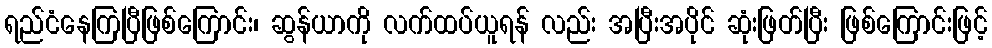
ရည်ငံနေကြပြီဖြစ်ကြောင်း၊ ဆွန်ယာကို လက်ထပ်ယူရန် လည်း အပြီးအပိုင် ဆုံးဖြတ်ပြီး ဖြစ်ကြောင်းဖြင့်